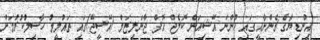
އިންޑިޔާގެ ޗެންނާއީގައި ހުންނަ އޭޝިއަން ކޮލެޖް އޮފް ޖާނަލިޒަމް (އޭސީޖޭ)ގައި ތައުލީމު ހާސިލުކުރުމަށް